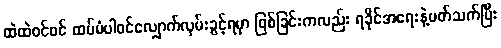
ထဲထဲဝင်ဝင် ထပ်မံပါဝင်လျှောက်လှမ်းခွင့်ရမှာ ဖြစ်ခြင်းကလည်း ရခိုင်အရေးနဲ့ပတ်သက်ပြီး